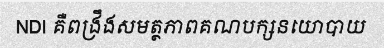
NDI គឺពង្រឹងសមត្ថភាពគណបក្សនយោបាយ